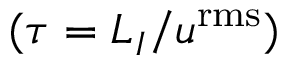
( \tau = L _ { I } / u ^ { \mathrm { r m s } } )